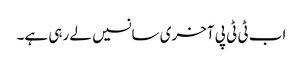
اب ٹی ٹی پی آخری سانسیں لے رہی ہے۔